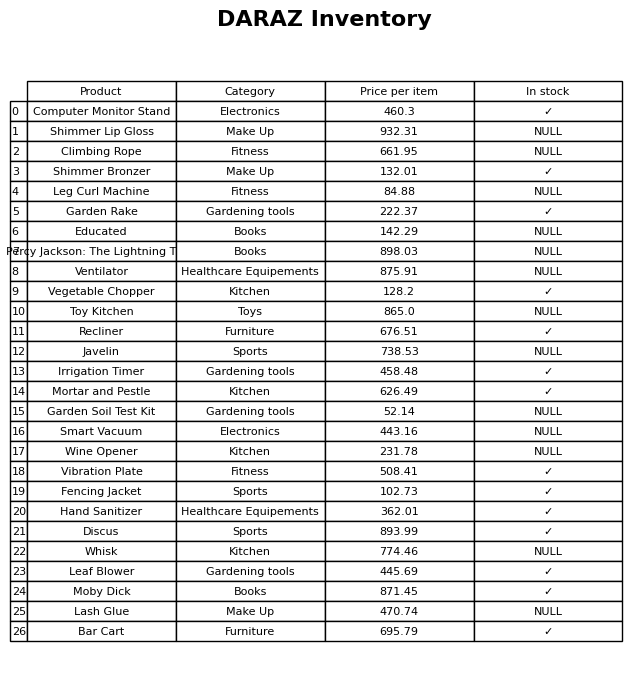
question: Which products are currently out of stock?
answer: Shimmer Lip Gloss, Climbing Rope, Leg Curl Machine, Educated, Percy Jackson: The Lightning Thief, Ventilator, Toy Kitchen, Javelin, Garden Soil Test Kit, Smart Vacuum, Wine Opener, Whisk, Lash Glue